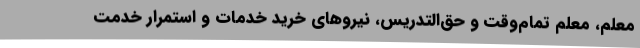
معلم، معلم تمام‌وقت و حق‌التدریس، نیروهای خرید خدمات و استمرار خدمت